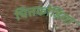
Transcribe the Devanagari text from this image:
चित्तकोडिया